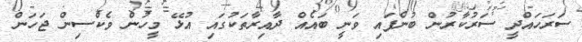
ސަރަހައްދީ ސަރުކާރުން ބުނެފައި ވަނީ ބައެއް ދާއިރާތަކުގައި އުޅޭ މީހުން ވެކްސިން ޖަހަން